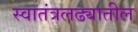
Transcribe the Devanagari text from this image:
स्वातंत्रलढ्यातील